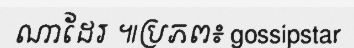
ណាដែរ ៕ប្រភព៖ gossipstar